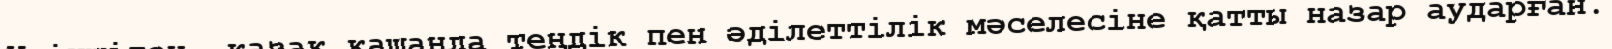
Үшіншіден, қазақ қашанда теңдік пен әділеттілік мәселесіне қатты назар аударған.